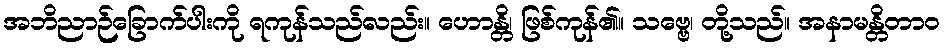
အဘိညာဉ်ခြောက်ပါးကို ရကုန်သည်လည်း။ ဟောန္တိ၊ ဖြစ်ကုန်၏။ သဗ္ဗေ၊ တို့သည်။ အနာမန္တိတာဝ